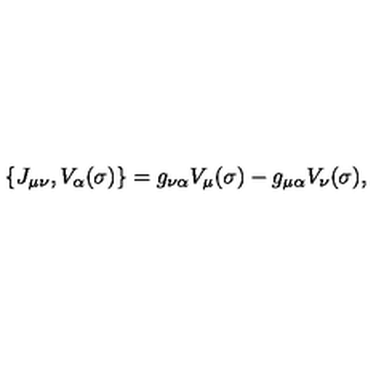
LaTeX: \{ J _ { \mu \nu } , V _ { \alpha } ( \sigma ) \} = g _ { \nu \alpha } V _ { \mu } ( \sigma ) - g _ { \mu \alpha } V _ { \nu } ( \sigma ) ,